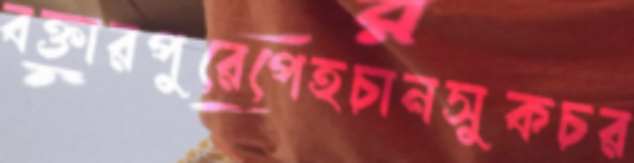
বক্তারপুরেপেহচানসুকচর